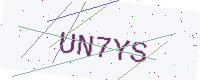
Text: UN7YS